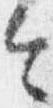
令